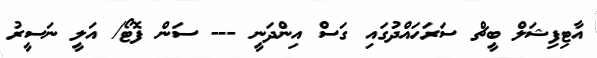
އާޓިފިޝަލް ބީޗް ސަރަހައްދުގައި ގަސް އިންދަނީ --- ސަން ފޮޓޯ/ އަލީ ނަސީރު